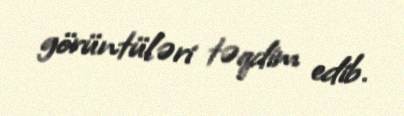
görüntüləri təqdim edib.